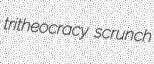
tritheocracy scrunch